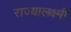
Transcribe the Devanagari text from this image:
राज्यालक्ष्मी